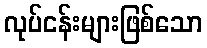
လုပ်ငန်းများဖြစ်သော